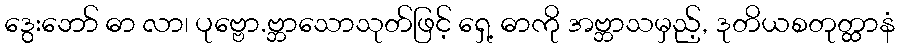
ဒွေးဘော် ဓာ လာ၊ ပုဗ္ဗော.ဗ္ဘာသောသုတ်ဖြင့် ရှေ့ ဓာကို အဗ္ဘာသမှည့်, ဒုတိယစတုတ္ထာနံ